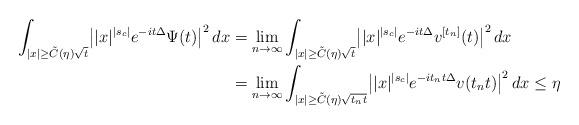
LaTeX: \begin{align*}\int_{|x|\geq \tilde C(\eta)\sqrt{t}} \bigl||x|^{|s_c|}e^{-it\Delta}\Psi(t)\bigr|^2 \,dx & = \lim_{n\to\infty} \int_{|x|\geq \tilde C(\eta)\sqrt{t}} \bigl||x|^{|s_c|}e^{-it\Delta}v^{[t_n]}(t)\bigr|^2\,dx \\& = \lim_{n\to\infty} \int_{|x|\geq\tilde C(\eta)\sqrt{t_nt}}\bigl||x|^{|s_c|}e^{-it_nt\Delta}v(t_nt)\bigr|^2\,dx \leq\eta\end{align*}